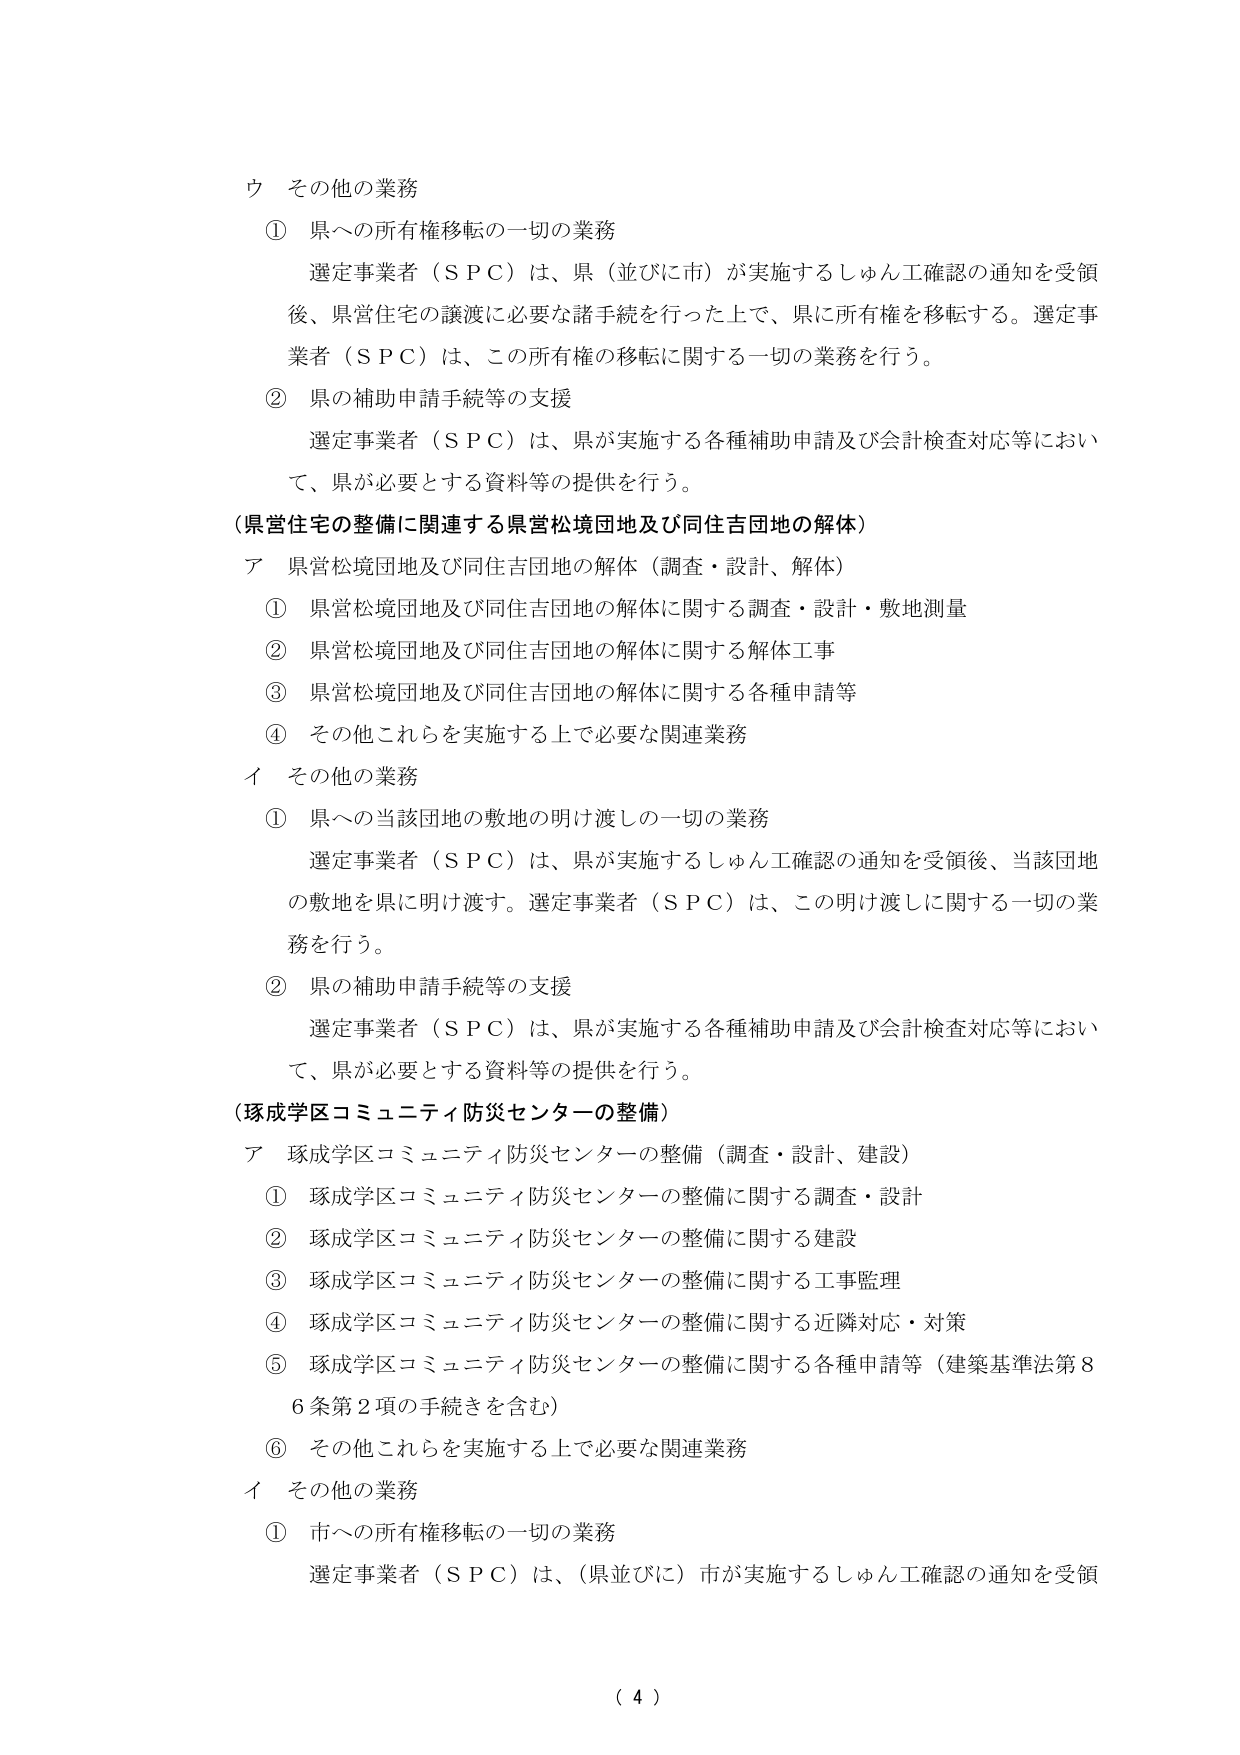
ウ その他の業務
① 県への所有権移転の一切の業務
選定事業者（ＳＰＣ）は、県（並びに市）が実施するしゅん工確認の通知を受領後、県営住宅の譲渡に必要な諸手続を行った上で、県に所有権を移転する。選定事業者（ＳＰＣ）は、この所有権の移転に関する一切の業務を行う。
② 県の補助申請手続等の支援
選定事業者（ＳＰＣ）は、県が実施する各種補助申請及び会計検査対応等において、県が必要とする資料等の提供を行う。

（県営住宅の整備に関連する県営松境団地及び同住吉団地の解体）
ア 県営松境団地及び同住吉団地の解体（調査・設計、解体）
① 県営松境団地及び同住吉団地の解体に関する調査・設計・敷地測量
② 県営松境団地及び同住吉団地の解体に関する解体工事
③ 県営松境団地及び同住吉団地の解体に関する各種申請等
④ その他これらを実施する上で必要な関連業務

イ その他の業務
① 県への当該団地の敷地の明け渡しの一切の業務
選定事業者（ＳＰＣ）は、県が実施するしゅん工確認の通知を受領後、当該団地の敷地を県に明け渡す。選定事業者（ＳＰＣ）は、この明け渡しに関する一切の業務を行う。
② 県の補助申請手続等の支援
選定事業者（ＳＰＣ）は、県が実施する各種補助申請及び会計検査対応等において、県が必要とする資料等の提供を行う。

（琢成学区コミュニティ防災センターの整備）
ア 琢成学区コミュニティ防災センターの整備（調査・設計、建設）
① 琢成学区コミュニティ防災センターの整備に関する調査・設計
② 琢成学区コミュニティ防災センターの整備に関する建設
③ 琢成学区コミュニティ防災センターの整備に関する工事監理
④ 琢成学区コミュニティ防災センターの整備に関する近隣対応・対策
⑤ 琢成学区コミュニティ防災センターの整備に関する各種申請等（建築基準法第86条第2項の手続きを含む）
⑥ その他これらを実施する上で必要な関連業務

イ その他の業務
① 市への所有権移転の一切の業務
選定事業者（ＳＰＣ）は、（県並びに）市が実施するしゅん工確認の通知を受領

（ 4 ）